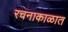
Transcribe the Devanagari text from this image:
रचनाकाळात